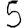
Digit: 5